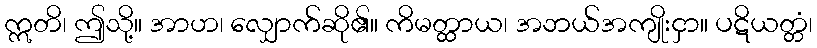
ဣတိ၊ ဤသို့။ အာဟ၊ လျှောက်ဆို၏။ ကိမတ္ထာယ၊ အဘယ်အကျိုးငှာ။ ပဋိယတ္တံ၊